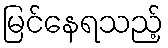
မြင်နေရသည့်